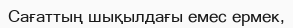
Сағаттың шықылдағы емес ермек,